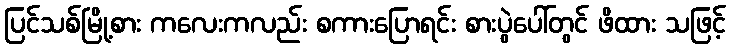
ပြင်သစ်မြို့စား ကလေးကလည်း စကားပြောရင်း စားပွဲပေါ်တွင် ဖိထား သဖြင့်